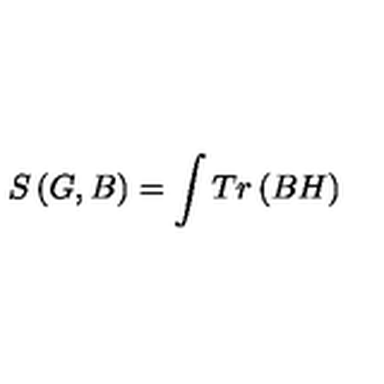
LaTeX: S \left( G , B \right) = \int T r \left( B H \right)